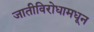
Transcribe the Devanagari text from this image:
जातीविरोधामधून